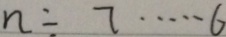
n \div 7 \cdots 6